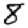
Digit: 8